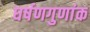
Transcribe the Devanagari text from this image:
घर्षणगुणांक